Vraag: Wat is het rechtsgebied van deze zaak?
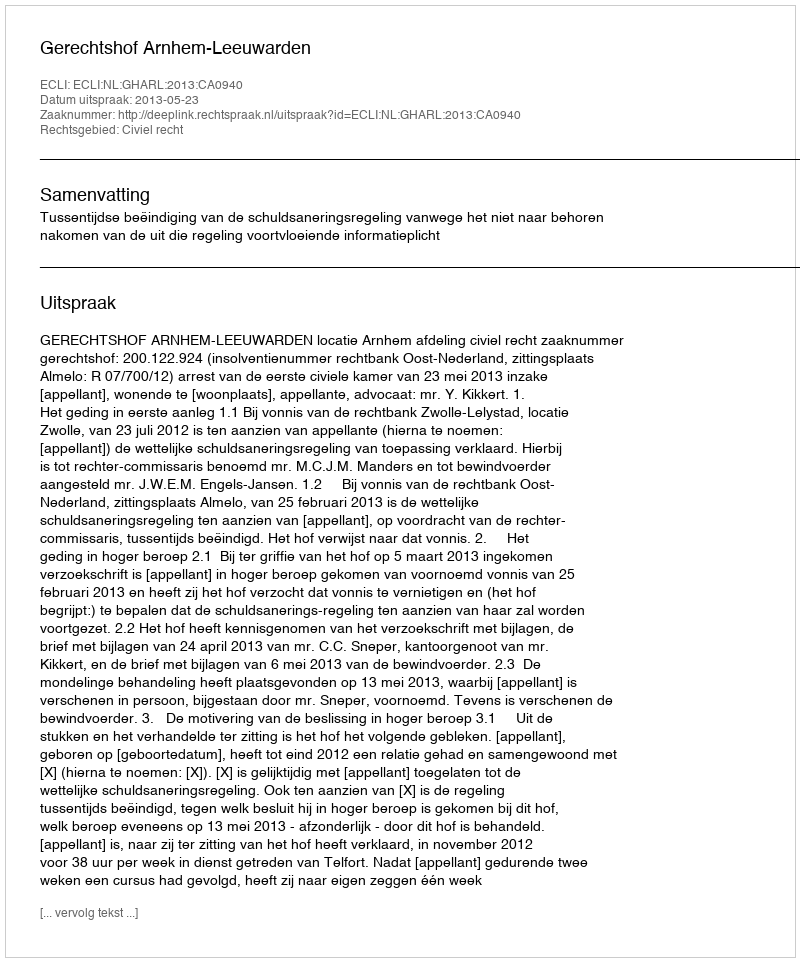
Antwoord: Civiel recht